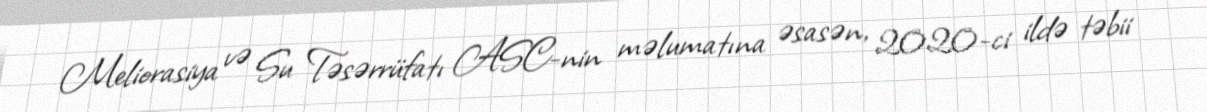
Meliorasiya və Su Təsərrüfatı ASC-nin məlumatına əsasən, 2020-ci ildə təbii